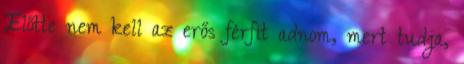
Előtte nem kell az erős férfit adnom, mert tudja,